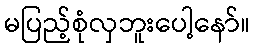
မပြည့်စုံလှဘူးပေါ့နော်။